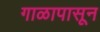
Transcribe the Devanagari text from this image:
गाळापासून